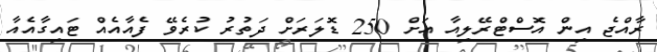
ރާއްޖެ އިން އޮސްޓްރޭލިއާ އަށް 250 ޑޮލަރަށް ދަތުރު ކުރެވޭ ފެއާއެއް ޓައިގާއެއާ